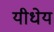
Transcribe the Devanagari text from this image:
यीधेय